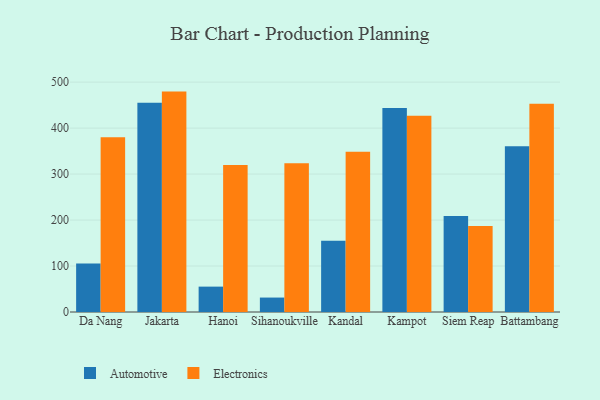
{"axis": {"x": "City", "y": "Backlog"}, "legend": ["Automotive", "Electronics"], "data": [{"x": "Da Nang", "y": 105.6, "type": "Automotive"}, {"x": "Da Nang", "y": 380.1, "type": "Electronics"}, {"x": "Jakarta", "y": 455.3, "type": "Automotive"}, {"x": "Jakarta", "y": 479.4, "type": "Electronics"}, {"x": "Hanoi", "y": 55.2, "type": "Automotive"}, {"x": "Hanoi", "y": 319.9, "type": "Electronics"}, {"x": "Sihanoukville", "y": 31.4, "type": "Automotive"}, {"x": "Sihanoukville", "y": 323.5, "type": "Electronics"}, {"x": "Kandal", "y": 154.9, "type": "Automotive"}, {"x": "Kandal", "y": 348.8, "type": "Electronics"}, {"x": "Kampot", "y": 443.7, "type": "Automotive"}, {"x": "Kampot", "y": 427.1, "type": "Electronics"}, {"x": "Siem Reap", "y": 209.0, "type": "Automotive"}, {"x": "Siem Reap", "y": 187.0, "type": "Electronics"}, {"x": "Battambang", "y": 360.6, "type": "Automotive"}, {"x": "Battambang", "y": 453.0, "type": "Electronics"}]}